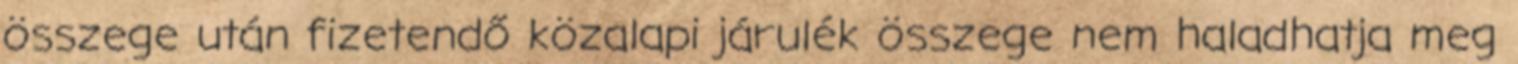
összege után fizetendő közalapi járulék összege nem haladhatja meg